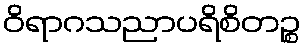
ဝိရာဂသညာပရိစိတဉ္စ